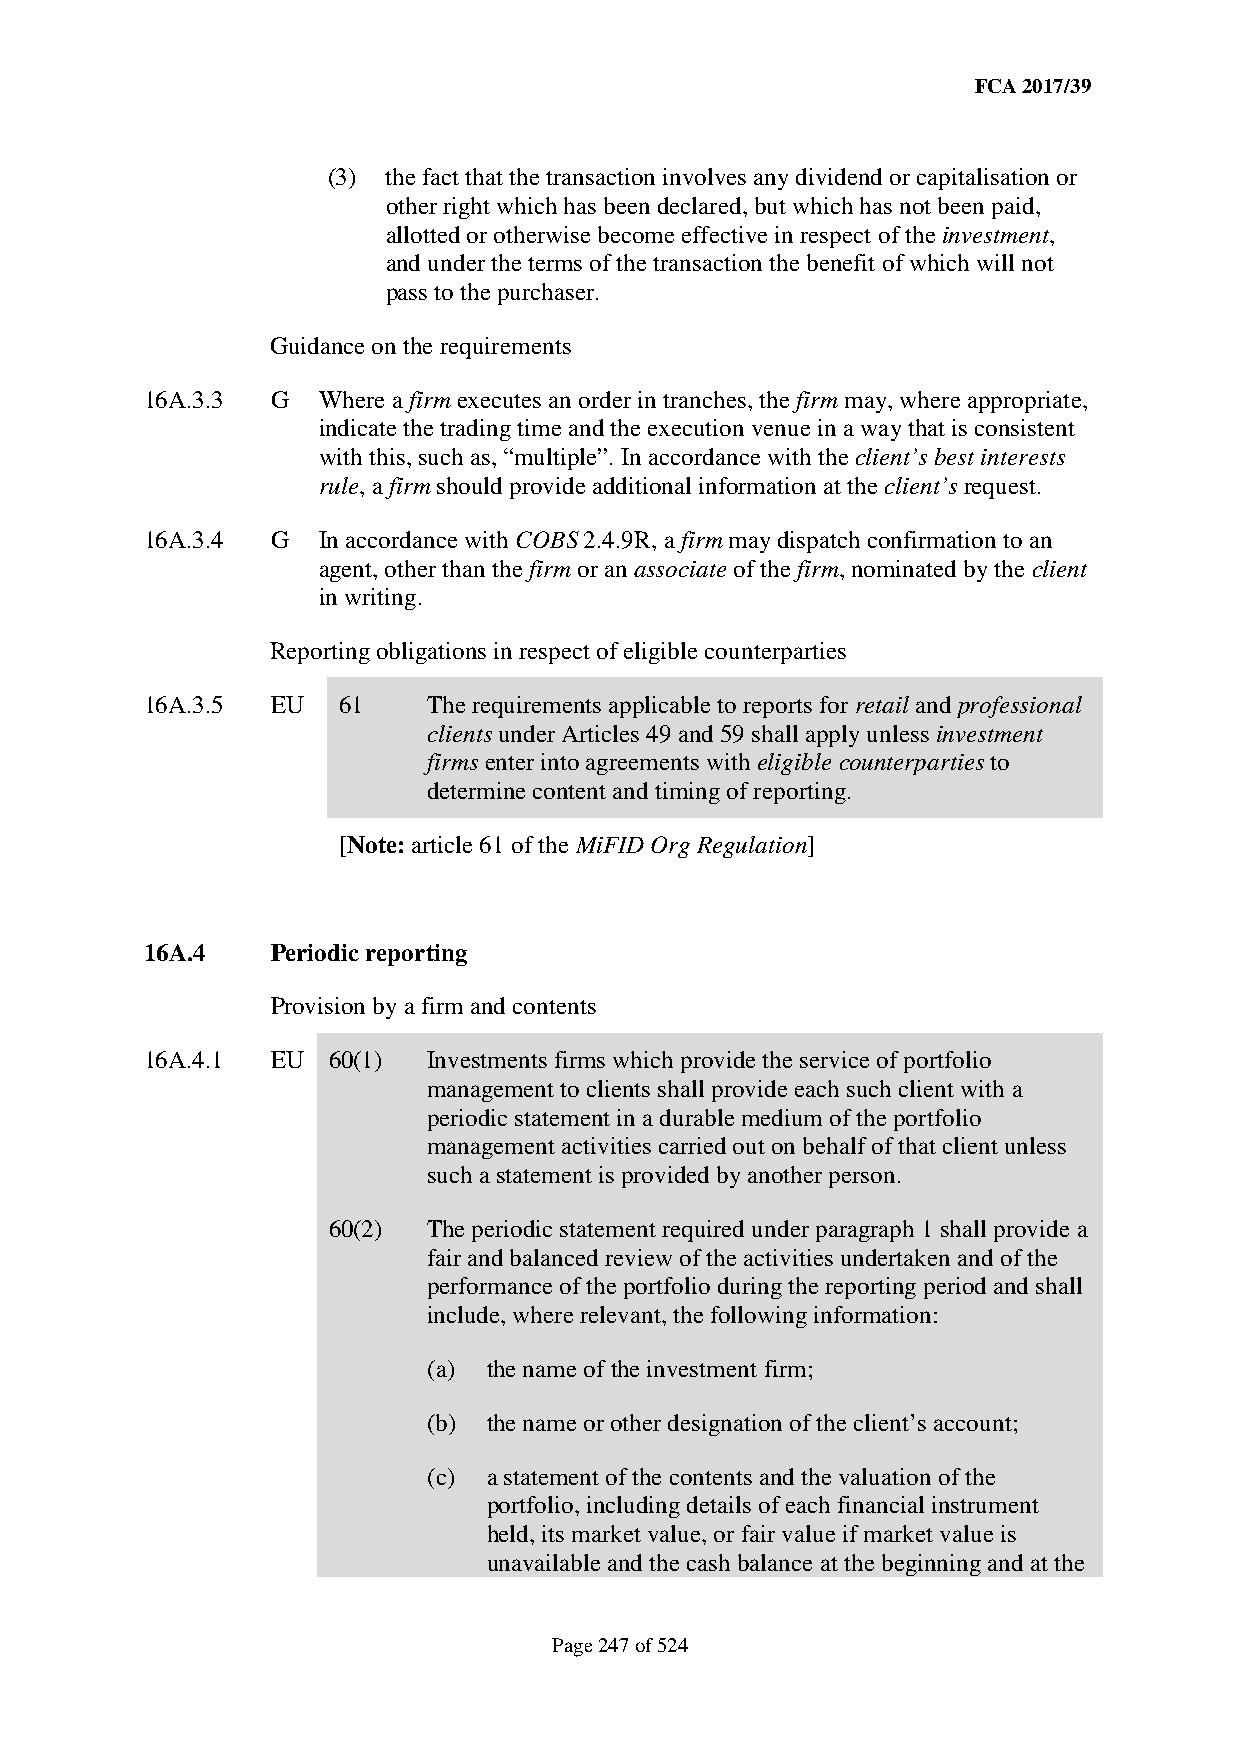
FCA 2017/39
 (3) the fact that the transaction involves any dividend or capitalisation or
 other right which has been declared, but which has not been paid,
 allotted or otherwise become effective in respect of the investment,
 and under the terms of the transaction the benefit of which will not
 pass to the purchaser.
 Guidance on the requirements
 16A.3.3 G  Where a firm executes an order in tranches, the firm may, where appropriate,
 indicate the trading time and the execution venue in a way that is consistent
 with this, such as, “multiple”. In accordance with the client’s best interests
 rule, a firm should provide additional information at the client’s request.
 16A.3.4 G  In accordance with COBS 2.4.9R, a firm may dispatch confirmation to an
 agent, other than the firm or an associate of the firm, nominated by the client
 in writing.
 Reporting obligations in respect of eligible counterparties
 16A.3.5 EU  61    The requirements applicable to reports for retail and professional
 clients under Articles 49 and 59 shall apply unless investment
 firms enter into agreements with eligible counterparties to
 determine content and timing of reporting.
 [Note: article 61 of the MiFID Org Regulation]
 16A.4   Periodic reporting
 Provision by a firm and contents
 16A.4.1 EU  60(1) Investments firms which provide the service of portfolio
 management to clients shall provide each such client with a
 periodic statement in a durable medium of the portfolio
 management activities carried out on behalf of that client unless
 such a statement is provided by another person.
 60(2) The periodic statement required under paragraph 1 shall provide a
 fair and balanced review of the activities undertaken and of the
 performance of the portfolio during the reporting period and shall
 include, where relevant, the following information:
 (a) the name of the investment firm;
 (b) the name or other designation of the client’s account;
 (c) a statement of the contents and the valuation of the
 portfolio, including details of each financial instrument
 held, its market value, or fair value if market value is
 unavailable and the cash balance at the beginning and at the
 Page 247 of 524